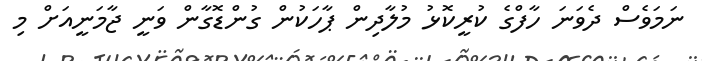
ނަމަވެސް ދެވަނަ ހާފްގެ ކުރީކޮޅު މުލާދިން ޕާހަކުން ގުންޑޮގާން ވަނީ ޖާމަނީއަށް މި